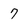
Character: 7